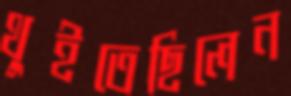
থুইতেছিলেন